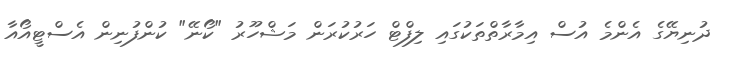
ދުނިޔޭގެ އެންމެ އުސް އިމާރާތްތަކުގައި ލިފްޓް ހަރުކުރަން މަޝްހޫރު "ކޯނޭ" ކުންފުނިން އެސްޓީއޯއާ